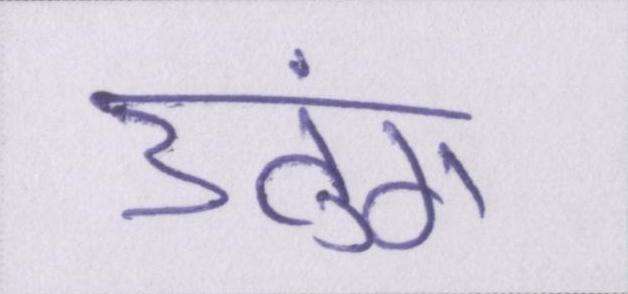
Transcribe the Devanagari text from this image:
उतुंग